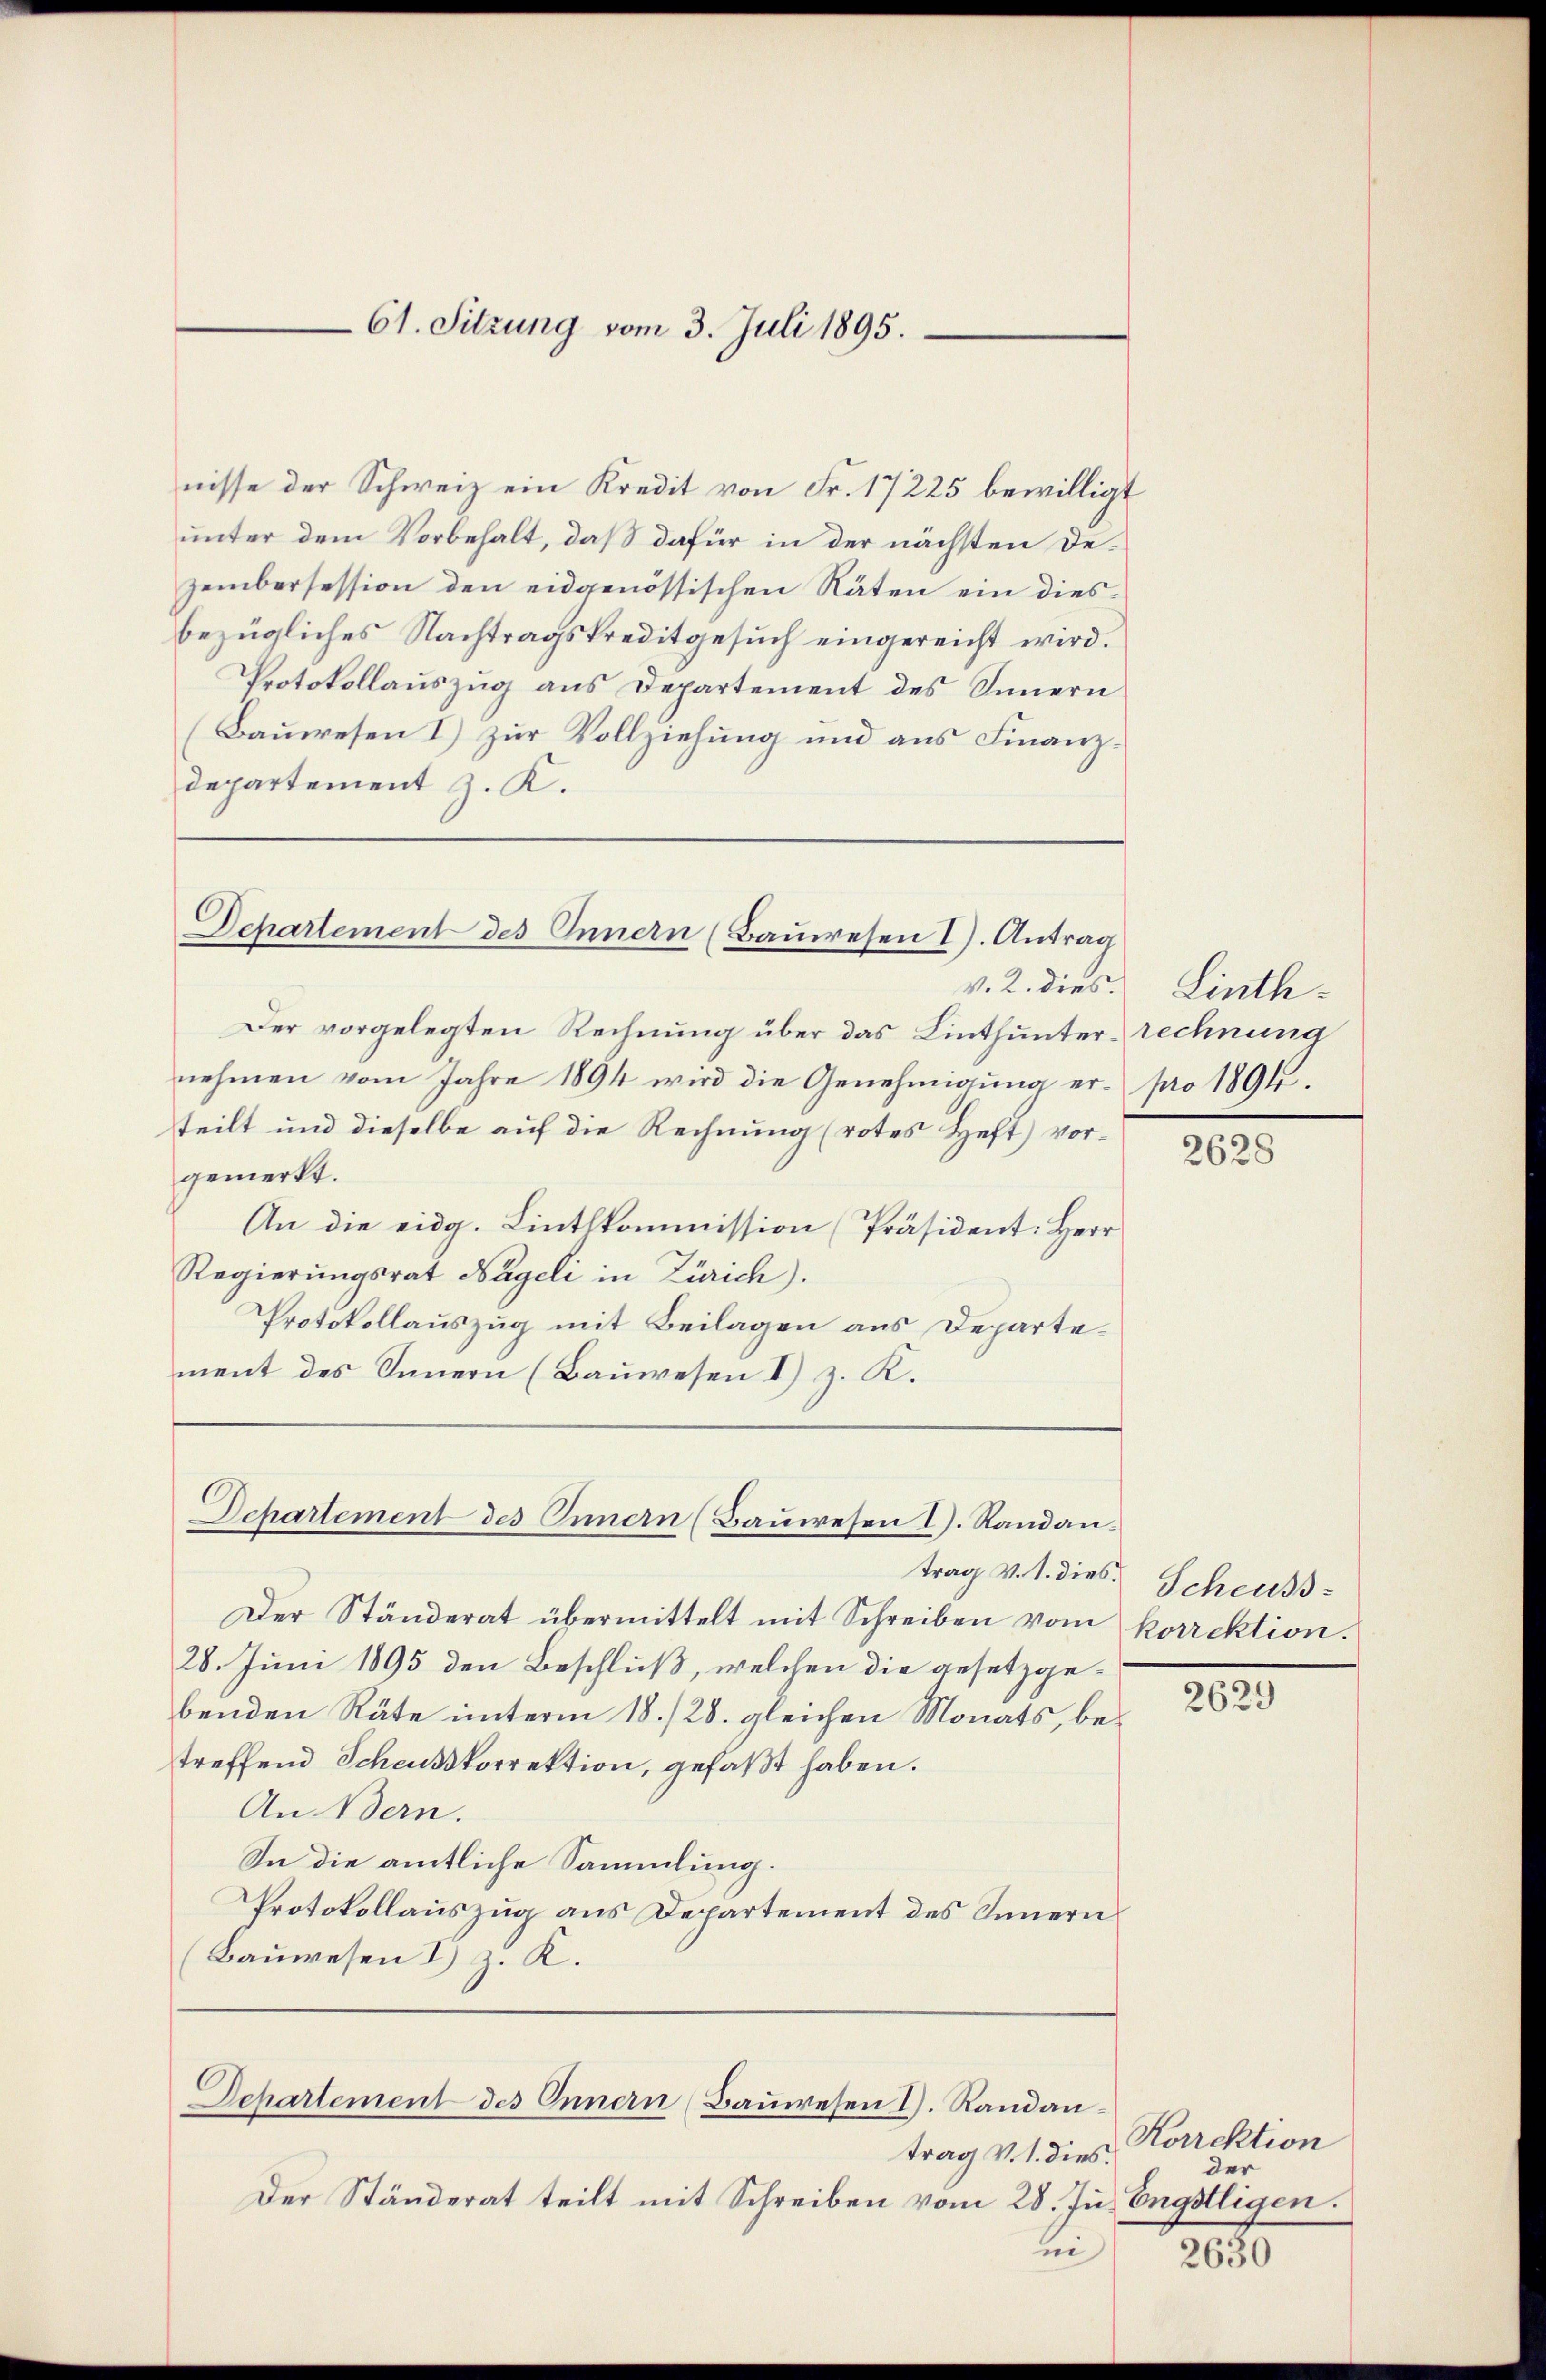
61. Sitzung vom 3. Juli 1895.

nisse der Schweiz ein Kredit von Fr. 17225 bewilligt
unter dem Vorbehalt, daß dafür in der nächsten Dezembersession den eidgenössischen Räten ein diesbezügliches Nachtragskreditgesuch eingereicht wird.
Protokollauszug aus Departement des Innern
(Bauwesen I) zur Vollziehung und aus Finanzdepartement z. K.

Departement des Innern (Bauwesen I. Antrag

Der vorgelegten Rechnung über das Linthunterrechnung
nehmen vom Jahre 1894 wird die Genehmigung erteilt und dieselbe auf die Rechnung (rotes Heft) vorgemerkt.
An die eidg. Lintlkommission [Präsident. Herr
Regierungsrat Nageli in Zürich).
Protokollauszug mit Beilagen aus Departement des Innern (Bauwesen I) z. K.

Departement des Innern (Baŭwesen I. Randan

trag v. 1. dies
Der Ständerat übermittelt mit Schreiben vom korrektion.
28. Juni 1895 den Beschluß, welchen die gesetzgebenden Räte unterm 18./28. gleichen Monats, betreffend Scheußkorrektion, gefaßt haben.
An Bern.
In die amtliche Sammlung.
Protokollauszug aus Departement des Innern
(Bauwesen I z. K.

Departement des Innern (Bauwesen I. Randan¬

trag v. 1. dies
Der Ständerat teilt mit Schreiben vom 28. Ju. Engölligen.
ui

v. 2. dies Linthpro 1894.

2628

Scheuss.

2629

Korrektion
der

2630